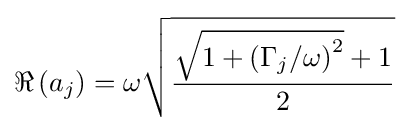
\Re \left(a_{j}\right)=\omega {\sqrt {\frac {{\sqrt {1+\left(\Gamma _{j}/\omega \right)^{2}}}+1}{2}}}